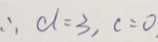
\therefore d = 3 , c = 0